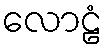
လောဠံ